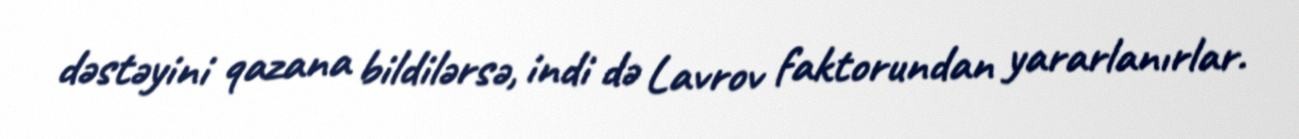
dəstəyini qazana bildilərsə, indi də Lavrov faktorundan yararlanırlar.